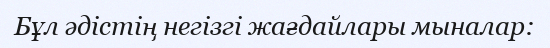
Бұл әдістің негізгі жағдайлары мыналар: